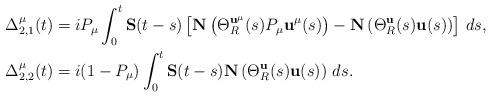
LaTeX: \begin{align*} \Delta_{2,1}^\mu(t) &= i P_\mu \int_0^t \mathbf S(t-s) \left[\mathbf N\left( \Theta_R^{\mathbf u^\mu}(s) P_\mu \mathbf u^\mu(s) \right) - \mathbf N\left( \Theta_R^{\mathbf u}(s) \mathbf u(s) \right) \right] \, ds, \\ \Delta_{2,2}^\mu(t) &= i (1-P_\mu) \int_0^t \mathbf S(t-s) \mathbf N\left( \Theta_R^{\mathbf u}(s) \mathbf u(s) \right) \, ds.\end{align*}